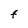
Character: F